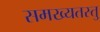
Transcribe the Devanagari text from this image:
समख्यतस्तु